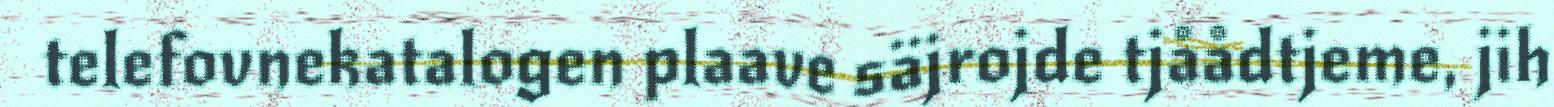
telefovnekatalogen plaave säjrojde tjåådtjeme, jih